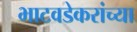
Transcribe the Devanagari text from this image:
भाटवडेकरांच्या